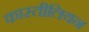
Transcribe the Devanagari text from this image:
कास्तीलियन